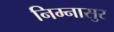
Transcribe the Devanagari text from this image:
निम्नासुर